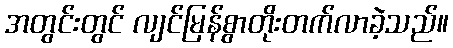
အတွင်းတွင် လျင်မြန်စွာတိုးတက်လာခဲ့သည်။